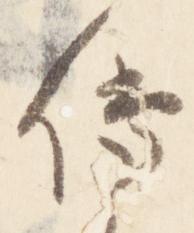
伝